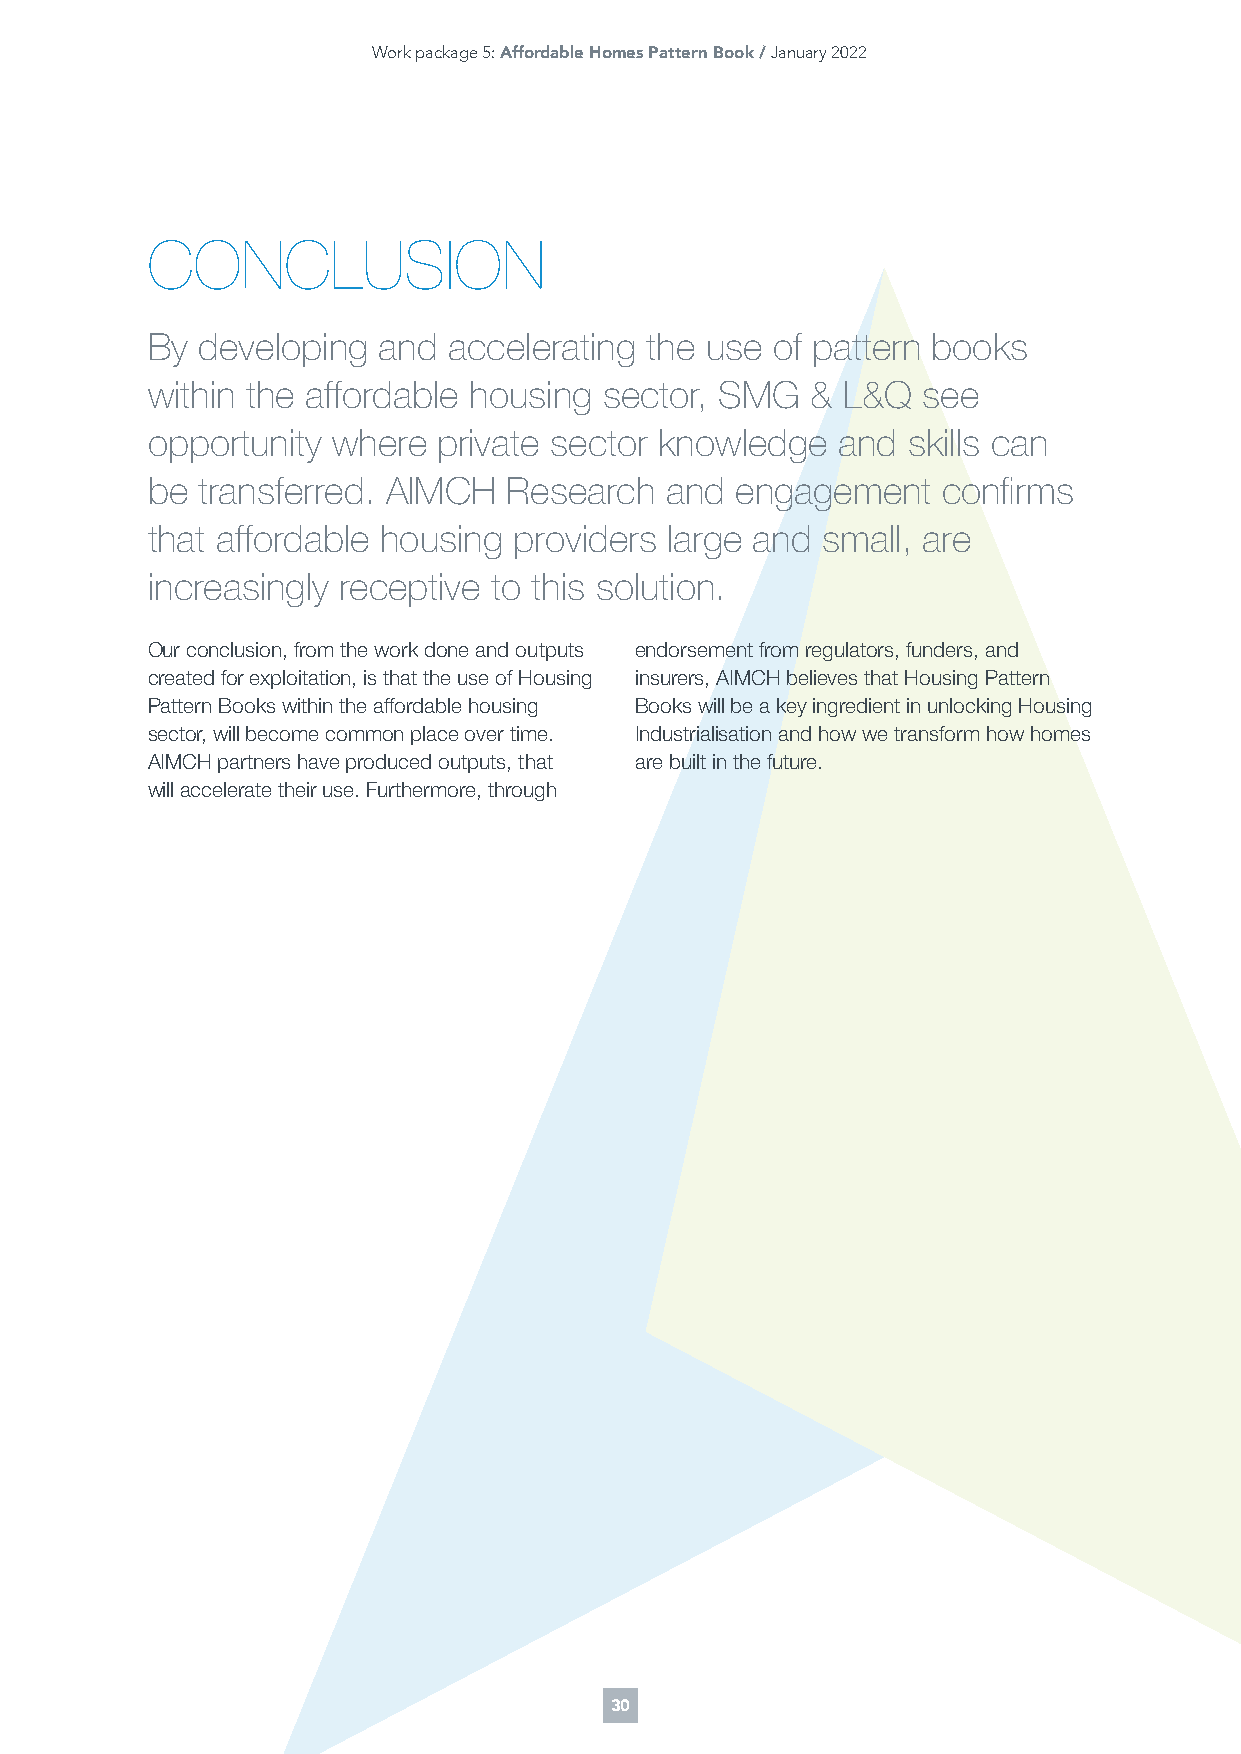
Work package 5: Affordable Homes Pattern Book / January 2022
 CONCLUSION
 By developing  and  accelerating the use of pattern books
 within the affordable housing sector, SMG   & L&Q  see
 opportunity where  private sector knowledge  and  skills can
 be transferred. AIMCH   Research  and  engagement   confirms
 that affordable housing providers large and small, are
 increasingly receptive to this solution.
 Our conclusion, from the work done and outputs endorsement from regulators, funders, and
 created for exploitation, is that the use of Housing insurers, AIMCH believes that Housing Pattern
 Pattern Books within the affordable housing Books will be a key ingredient in unlocking Housing
 sector, will become common place over time. Industrialisation and how we transform how homes
 AIMCH partners have produced outputs, that are built in the future.
 will accelerate their use. Furthermore, through
 30